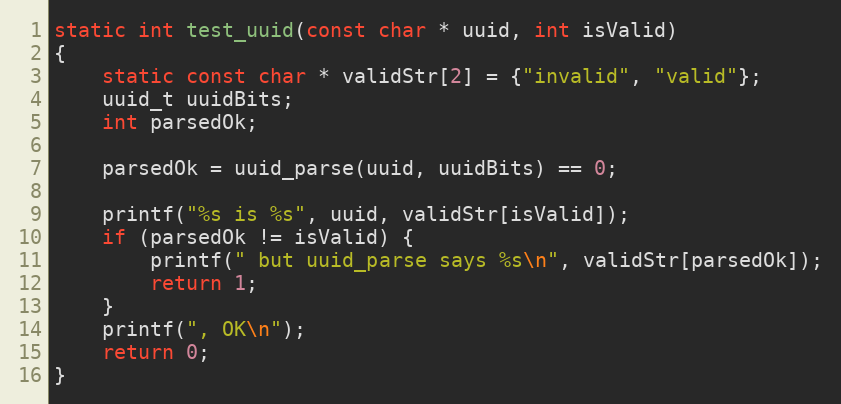
Language: C
static int test_uuid(const char * uuid, int isValid)
{
	static const char * validStr[2] = {"invalid", "valid"};
	uuid_t uuidBits;
	int parsedOk;

	parsedOk = uuid_parse(uuid, uuidBits) == 0;

	printf("%s is %s", uuid, validStr[isValid]);
	if (parsedOk != isValid) {
		printf(" but uuid_parse says %s\n", validStr[parsedOk]);
		return 1;
	}
	printf(", OK\n");
	return 0;
}